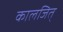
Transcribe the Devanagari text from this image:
कालजित्‌